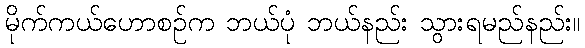
မိုက်ကယ်ဟောစဉ်က ဘယ်ပုံ ဘယ်နည်း သွားရမည်နည်း။